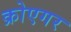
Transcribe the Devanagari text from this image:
क्रोएगर